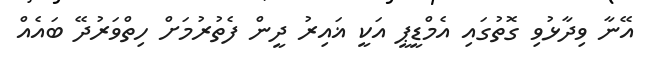
އޭނާ ވިދާޅުވި ގޮތުގައި އެމްޑީޕީ އަކީ ޣައިރު ދީން ފެތުރުމަށް ހިތްވަރުދޭ ބައެއް